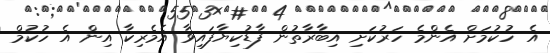
އެ ހުކުމަށް އެންމެ ހަރުކަށި އިބާރާތުން ފާޑުކިޔާފައިވާ އެމެރިކާ އިން އެ ހުކުމް